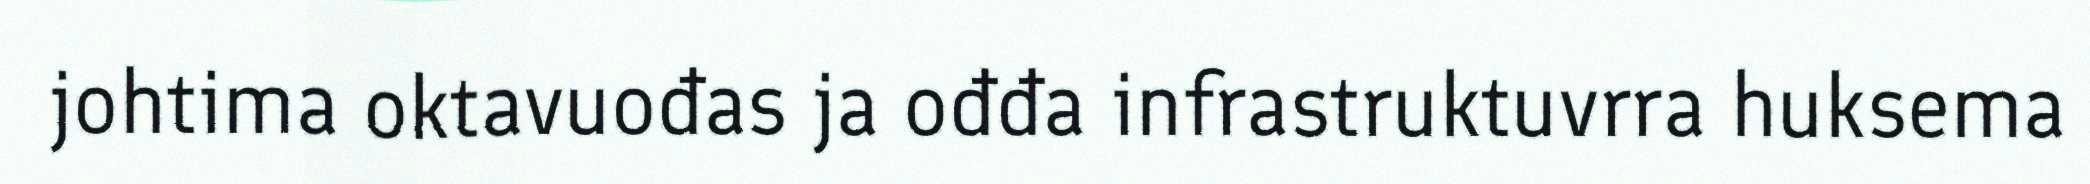
johtima oktavuođas ja ođđa infrastruktuvrra huksema